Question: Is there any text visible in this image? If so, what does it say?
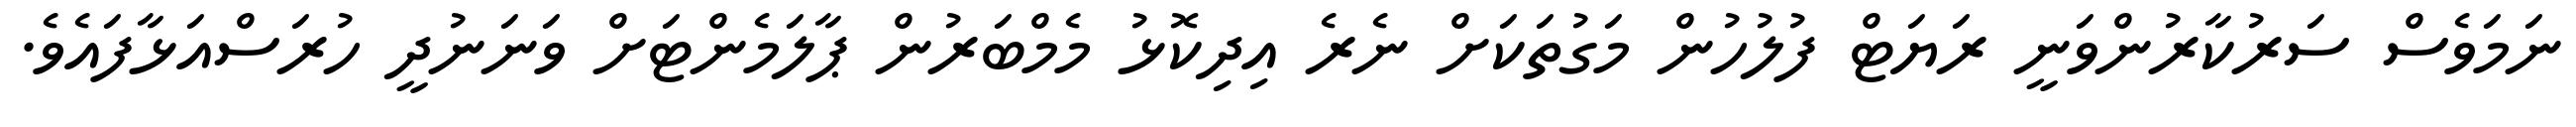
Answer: ނަމަވެސް ސަރުކާރުންވަނީ ރަޔަޓް ފުލުހުން މަގުތަކަށް ނެރެ އިދިކޮޅު މެމްބަރުން ޕާލަމެންޓަށް ވަނަނުދީ ހުރަސްއަޅާފައެވެ.